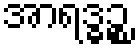
အာရဒ္ဓဉ္စ